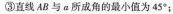
③直线 AB 与 a 所成角的最小值为 45°；